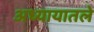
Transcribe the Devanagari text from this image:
अध्‍यायातले